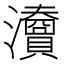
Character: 𤄴